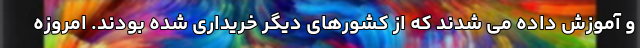
و آموزش داده می شدند که از کشورهای دیگر خریداری شده بودند. امروزه